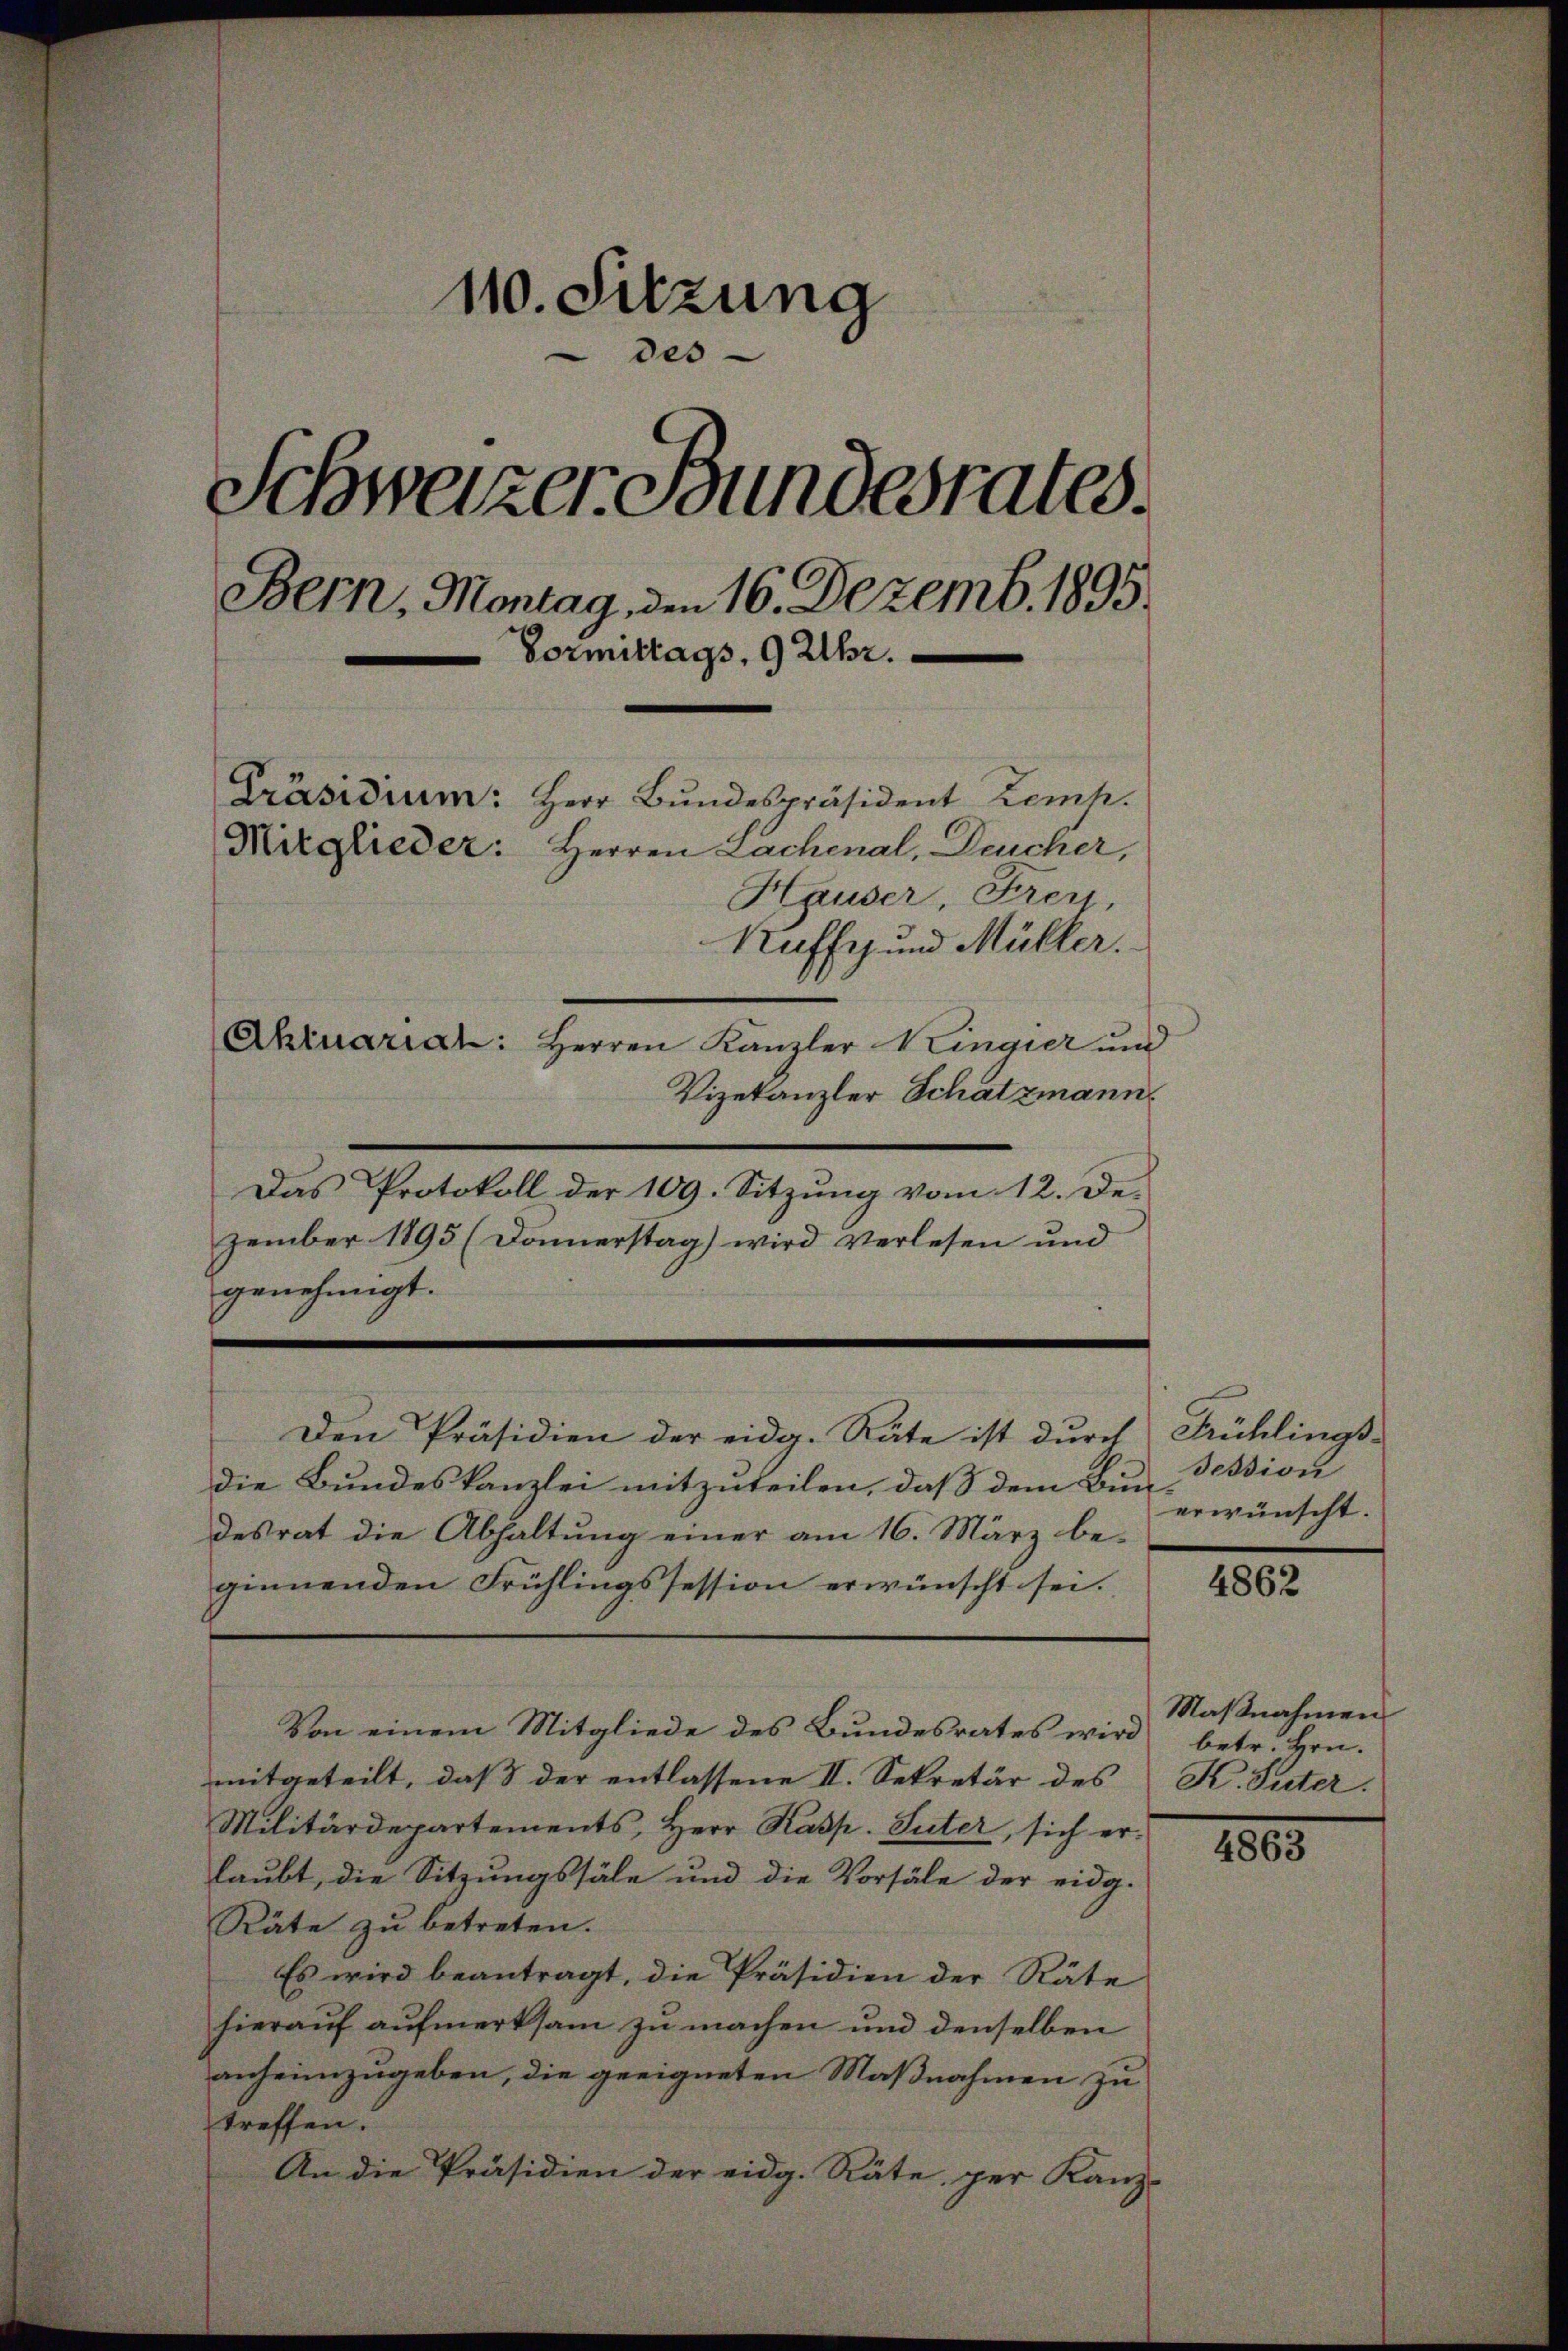
110. Sitzung
des
¬
Schweizer Bundesrates.
.
Bern, Montag, den 16. Dezemb. 1895
Vormittags, 9 Uhr.
Präsidium: Herr Bundespräsident Komp.
Mitglieder: Herren Lachenal, Deucher,
Hauser, Frey,
Kaffe und Müller.
Ahruariat: Herren Kanzler Kingier und

Vizekanzler Schatzmann.
Das Protokoll der 109. Sitzŭng vom 12. De-
zember 1895 (Donnerstag) wird verlesen und
genehmigt.
Den Präsidien der eidg. Räte ist durch Frühlings-
die Bundeskanzlei mitzuteilen, daß dem Bun-
desrat die Abhaltung einer am 16. März beginnenden Frühlingssession erwünscht sei.
Von einem Mitgliede des Bundesrates wird betr. Hrn.
mitgeteilt, daß der entlassene II. Sekretär des K. Suter.
Militärdepartements, Herr Kasp. Suter, sich er 1883
laubt, die Sitzungssäle und die Vorsäle der eidg.
Räte zu betreten.
Es wird beantragt, die Präsidien der Räte
hierauf aufmerksam zu machen und denselben
anheimzugeben, die geeigneten Maßnahmen zu
treffen.
An die Präsidien der eidg. Räte, per Kanz-

session
erwünscht.

4862

Maßnahmen